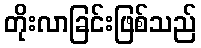
တိုးလာခြင်းဖြစ်သည်